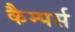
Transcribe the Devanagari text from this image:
कैम्पर्स